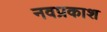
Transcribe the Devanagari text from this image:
नवप्रकाश